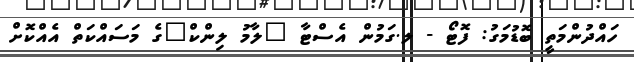
ހައްދުންމަތީ ބޮޑުމަގު: ފޮޓޯ - ލ.ގަމުން އެސްޓާ "ލާމު ލިންކް"ގެ މަސައްކަތް އެއްކޮށް